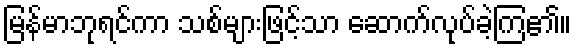
မြန်မာဘုရင်ကာ သစ်များဖြင့်သာ ဆောက်လုပ်ခဲ့ကြ၏။